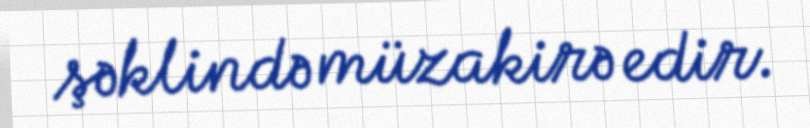
şəklində müzakirə edir.